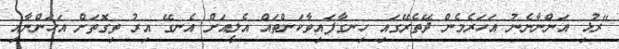
"ރުޅި އަންނާނެނު އަހަރެމެން ދޭތެރޭގައި ހިނގާފައިވާކަންތައް އެލީއަށް އެނގޭ އިރު ތިގޮތަށް އަހަންނާއި